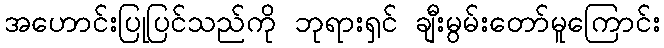
အဟောင်းပြုပြင်သည်ကို ဘုရားရှင် ချီးမွမ်းတော်မူကြောင်း